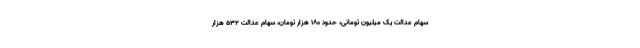
سهام عدالت یک میلیون تومانی، حدود 180 هزار تومان، سهام عدالت 532 هزار